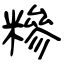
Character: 糝